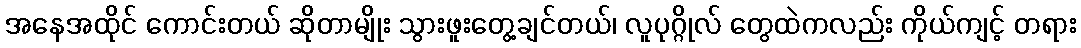
အနေအထိုင် ကောင်းတယ် ဆိုတာမျိုး သွားဖူးတွေ့ချင်တယ်၊ လူပုဂ္ဂိုလ် တွေထဲကလည်း ကိုယ်ကျင့် တရား